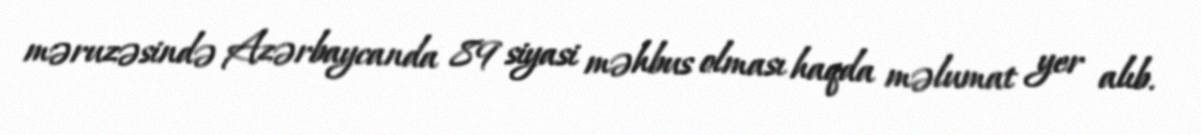
məruzəsində Azərbaycanda 89 siyasi məhbus olması haqda məlumat yer alıb.